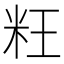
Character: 𰪬